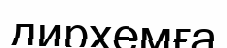
дирхемға